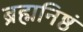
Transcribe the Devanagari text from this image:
ब्रह्मनिष्ठं